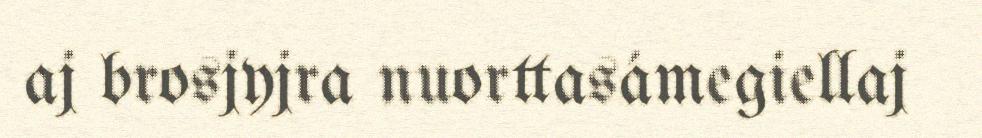
aj brosjyjra nuorttasámegiellaj